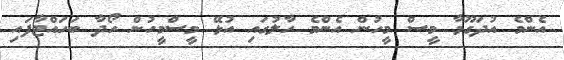
އެންމެ އުދަގޫވާ މީސް މީހުން އެންމެ ހާލުގައި އުޅޭ މީސްމީހުން ހޯދާ ބަހައްޓާފައި